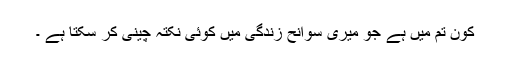
کون تم میں ہے جو میری سوانح زندگی میں کوئی نکتہ چینی کر سکتا ہے ۔